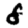
Digit: 8